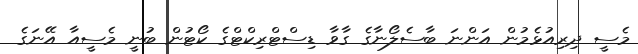
މެސީ ދިރިއުޅެމުން އަންނަ ބާސެލޯނާގެ ގާވާ ޑިސްޓްރިކްޓްގެ ކޯޓުން ބުނީ މެސީއާ އޭނަގެ